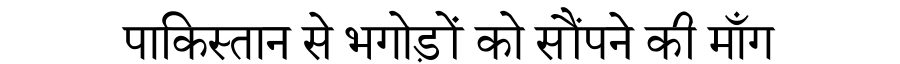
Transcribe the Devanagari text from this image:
पाकिस्तान से भगोड़ों को सौंपने की माँग